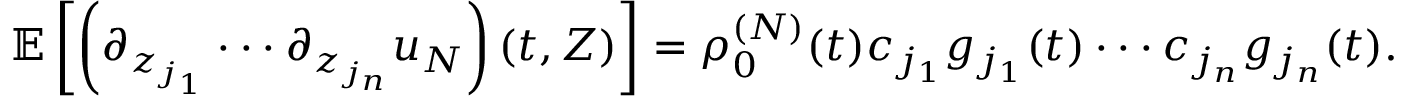
\begin{array} { r } { \mathbb { E } \left[ \left( \partial _ { z _ { j _ { 1 } } } \cdot \cdot \cdot \partial _ { z _ { j _ { n } } } u _ { N } \right) ( t , Z ) \right] = \rho _ { 0 } ^ { ( N ) } ( t ) c _ { j _ { 1 } } g _ { j _ { 1 } } ( t ) \cdot \cdot \cdot c _ { j _ { n } } g _ { j _ { n } } ( t ) . } \end{array}